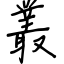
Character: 叢